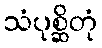
သံပုစ္ဆိတုံ